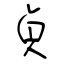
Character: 貞